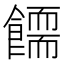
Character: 𩞪